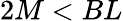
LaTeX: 2M<BL